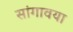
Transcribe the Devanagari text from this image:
सांगावया